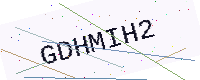
Text: GDHMIH2